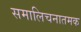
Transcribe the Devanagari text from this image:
समालिचनातमक